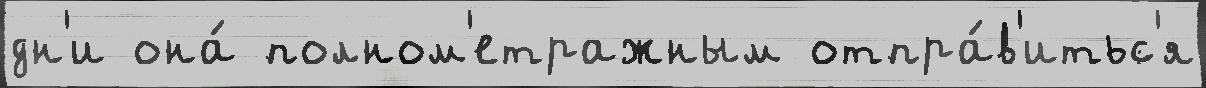
дн'и она́ полном'етражным отпра́в'итьс'я